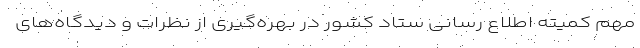
مهم کمیته اطلاع رسانی ستاد کشور در بهره‌گیری از نظرات و دیدگاه‌های